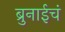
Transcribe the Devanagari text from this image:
ब्रुनाईचं